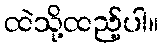
ထဲသို့ထည့်ပါ။